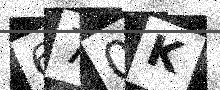
Text: 670K